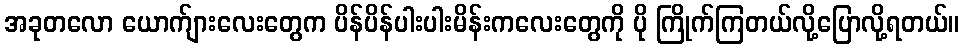
အခုတလော ယောက်ျားလေးတွေက ပိန်ပိန်ပါးပါးမိန်းကလေးတွေကို ပို ကြိုက်ကြတယ်လို့ပြောလို့ရတယ်။